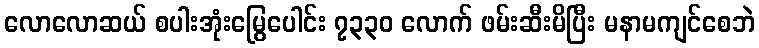
လောလောဆယ် စပါးအုံးမြွေပေါင်း ၇၃၃၀ လောက် ဖမ်းဆီးမိပြီး မနာမကျင်စေဘဲ